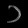
Digit: ၁